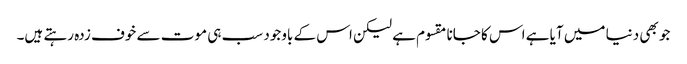
جو بھی دنیا میں آیا ہے اس کا جانا مقسوم ہے لیکن اس کے باوجود سب ہی موت سے خوف زدہ رہتے ہیں۔